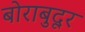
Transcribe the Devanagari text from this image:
बोराबुदूर